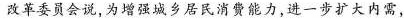
改革委员会说，为增强城乡居民消费能力，进一步扩大内需，